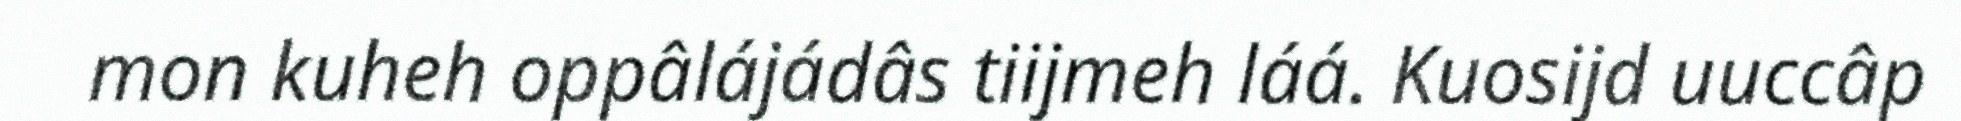
mon kuheh oppâlájádâs tiijmeh láá. Kuosijd uuccâp